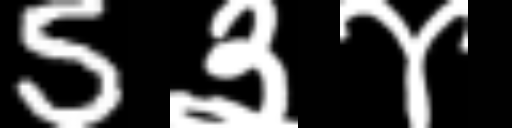
Text: 5३४